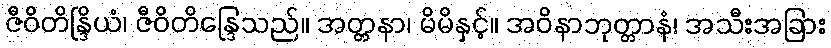
ဇီဝိတိန္ဒြိယံ၊ ဇီဝိတိန္ဒြေသည်။ အတ္တနာ၊ မိမိနှင့်။ အဝိနာဘုတ္တာနံ၊ အသီးအခြား